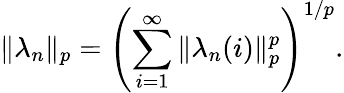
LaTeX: \| \lambda_{n}\| _{p}=\left(\sum_{i=1}^{\infty}\| \lambda_{n}(i)\| _{p}^{p}\right)^{1/p}.